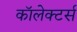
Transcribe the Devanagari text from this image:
कॉलेक्टर्स